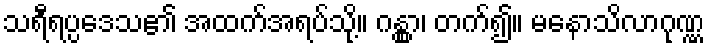
သရီရပ္ပဒေသ၏ အထက်အရပ်သို့။ ဂန္တွာ၊ တက်၍။ မနောသိလာဂုဏ္ဏ